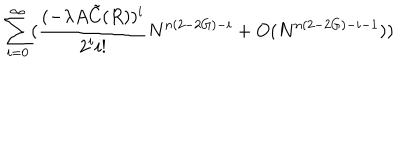
LaTeX: \sum _ { i = 0 } ^ { \infty } ( \frac { ( - \lambda A { \tilde { C } } ( R ) ) ^ { i } } { 2 ^ { i } i ! } N ^ { n ( 2 - 2 G ) - i } + O ( N ^ { n ( 2 - 2 G ) - i - 1 } ) )